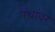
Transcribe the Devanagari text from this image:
पंथांवर